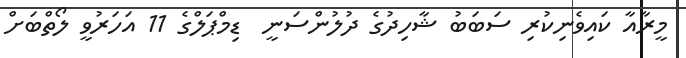
މީރާއާ ކައިވެނިކުރި ސަބަބު ޝާހިދުގެ ދުލުންސަނީ  ޑިމްޕަލްގެ 11 އަހަރުވީ ލޯތްބަށް